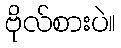
ဗိုလ်စားပဲ။